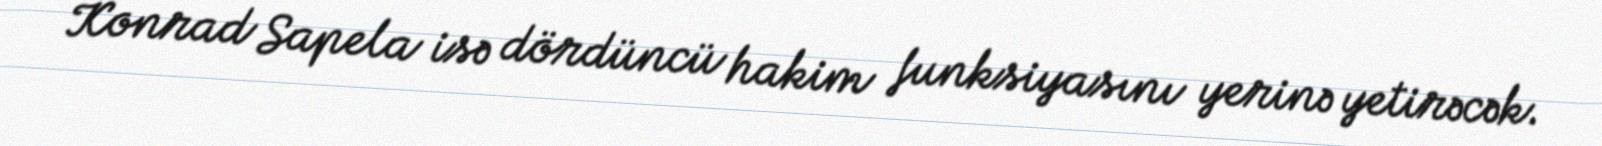
Konrad Sapela isə dördüncü hakim funksiyasını yerinə yetirəcək.